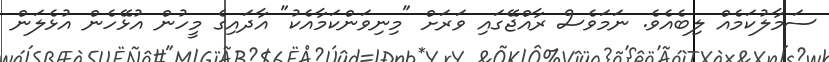
ސަމާލުކަމެއް ލިބެއެވެ. ނަމަވެސް ރާއްޖޭގައި ވަރަށް "މިނިވަންކަމާއެކު" އާދައިގެ މީހުން އުޅޭހެން އުޅެލަން